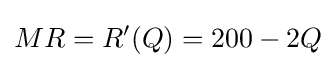
MR=R'(Q)=200-2Q